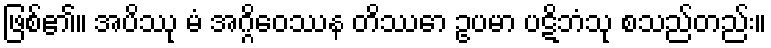
ဖြစ်၏။ အပိဿု မံ အဂ္ဂိဝေဿန တိဿော ဥပမာ ပဋိဘံသု စသည်တည်း။